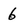
Character: 6